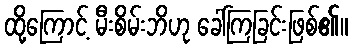
ထို့ကြောင့် မီးစိမ်းဘိဟု ခေါ်ကြခြင်းဖြစ်၏။